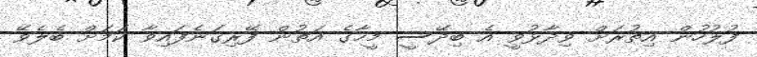
ފުލުހުން އިތުރަށް ވިދާޅުވީ އެ ބިދޭސީ މީހާގެ އަތުން ފޭރިގަނެފައިވާ ކަމަށް ބެލެވޭ